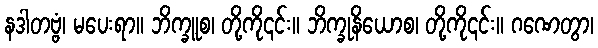
နဒါတဗ္ဗံ၊ မပေးရာ။ ဘိက္ခူစ၊ တို့ကို၎င်း။ ဘိက္ခုနိယောစ၊ တို့ကို၎င်း။ ဂဏေတွာ၊